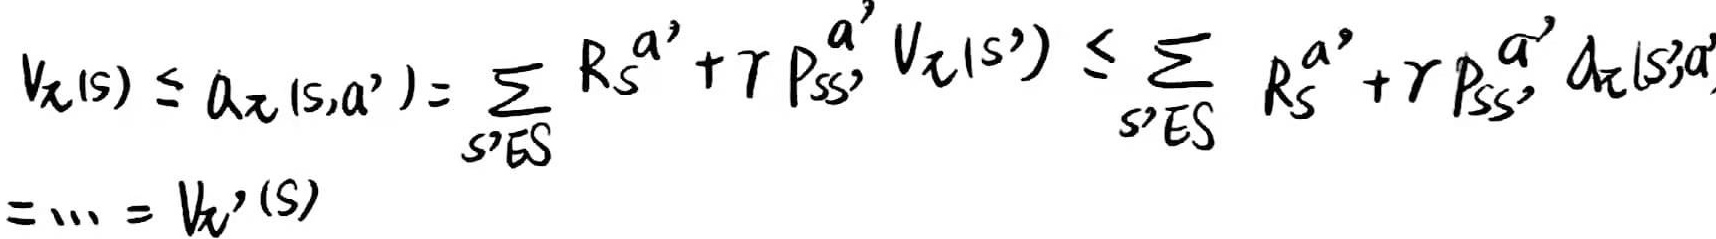
\[
v_{\pi}(s) \leq q_{\pi}(s,a') = \sum_{s' \in S} R_s^{a'} + \gamma P_{ss'}^{a'} v_{\pi}(s') \leq \sum_{s' \in S} R_s^{a'} + \gamma P_{ss'}^{a'} q_{\pi}(s',a') = \cdots = v_{\pi'}(s)
\]